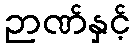
ဉာဏ်နှင့်